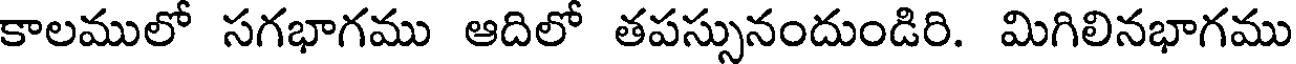
కాలములో సగభాగము ఆదిలో తపస్సునందుండిరి. మిగిలినభాగము